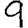
Digit: 9